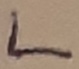
Text: L